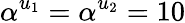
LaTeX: \alpha^{u_{1}}=\alpha^{u_{2}}=10